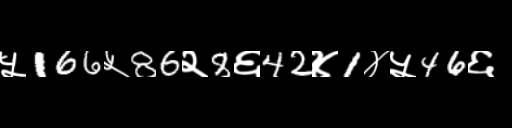
Text: ५166५86२8६42४1४५46६